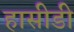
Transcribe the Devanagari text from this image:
हासीडी